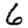
Digit: 6